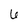
Character: 6